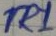
Text: TR1